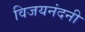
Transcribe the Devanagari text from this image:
विजयनंदनी